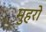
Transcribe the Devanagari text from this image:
मुहरो